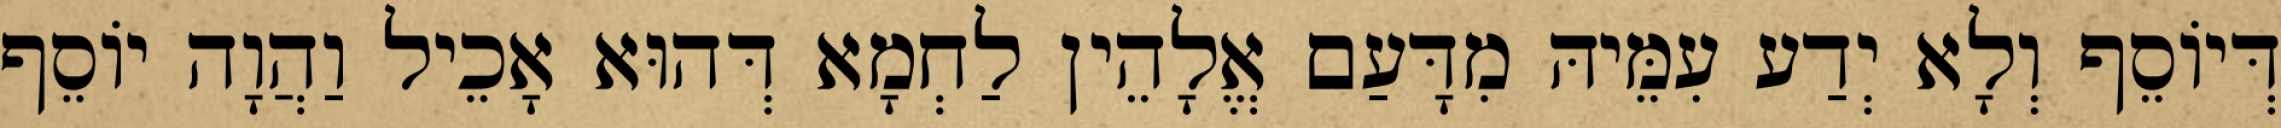
דְּיוֹסֵף וְלָא יְדַע עִמֵּיהּ מִדָּעַם אֱלָהֵין לַחְמָא דְּהוּא אָכֵיל וַהֲוָה יוֹסֵף